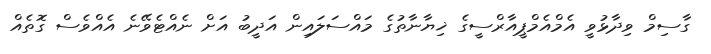
ގާސިމް ވިދާޅުވީ އެމްއެމްޕީއާރްސީގެ ޚިޔާނާތުގެ މައްސަލައިން އަދީބު އަށް ނެއްޓެވޭނެ އެއްވެސް ގޮތެއް